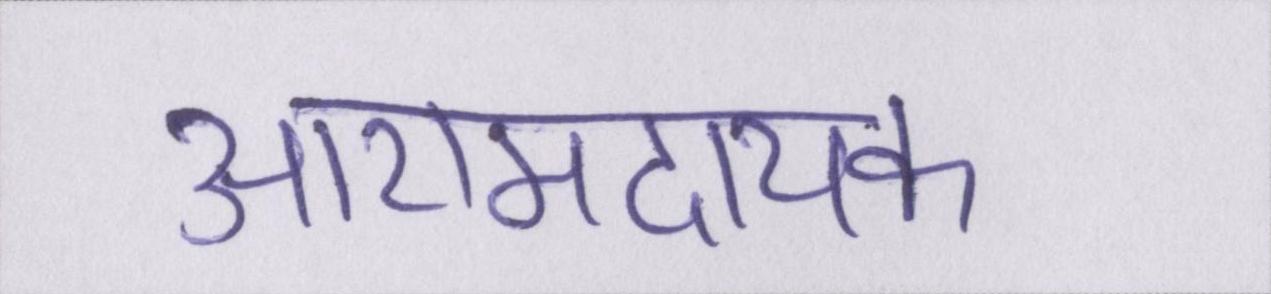
आरामदायक